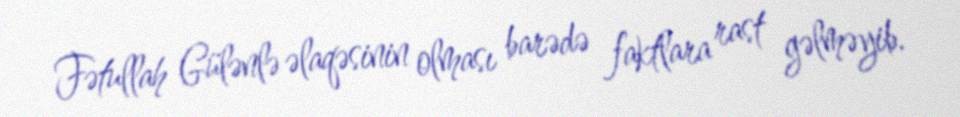
Fətullah Gülənlə əlaqəsinin olması barədə faktlara rast gəlməyib.